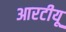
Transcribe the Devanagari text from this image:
आरटीयू